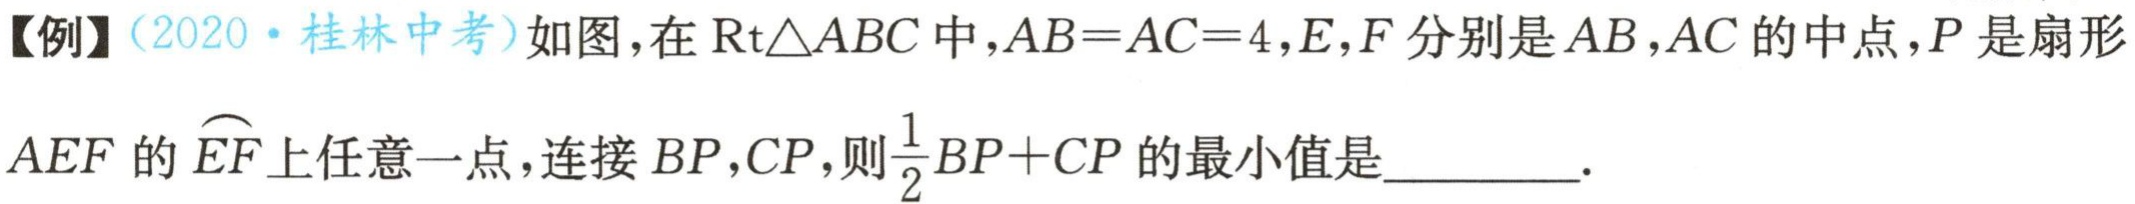
【例】（2020·桂林中考）如图，在$\mathrm{R}\mathrm{t}\triangle ABC$中，$AB = AC = 4$，$E,F$分别是$AB,AC$的中点，$P$是扇形$AEF$的$\overset{\frown}{EF}$上任意一点，连接$BP,CP$，则$\frac{1}{2}BP + CP$的最小值是________．